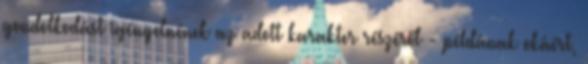
gondolkodást igényelnének az adott karakter részéről - példának okáért,